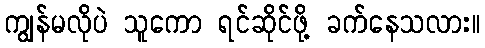
ကျွန်မလိုပဲ သူကော ရင်ဆိုင်ဖို့ ခက်နေသလား။